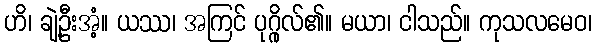
ဟိ၊ ချဲ့ဦးအံ့။ ယဿ၊ အကြင် ပုဂ္ဂိုလ်၏။ မယာ၊ ငါသည်။ ကုသလမေဝ၊